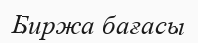
Биржа бағасы